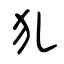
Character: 犼